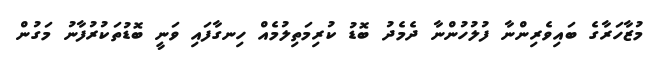
މުޒާހަރާގެ ބައިވެރިންނާ ފުލުހުންނާ ދެމެދު ބޮޑު ކުރިމަތިލުމެއް ހިނގާފައި ވަނީ ބޮޑުތަކުރުފާނު މަގުން